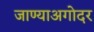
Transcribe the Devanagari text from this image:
जाण्याअगोदर